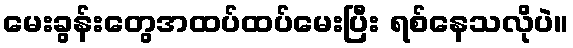
မေးခွန်းတွေအထပ်ထပ်မေးပြီး ရစ်နေသလိုပဲ။